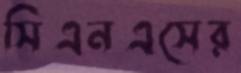
সিএনএসের